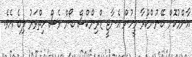
އާންމުކޮށް ބޭނުންކުރާ މީހުން އެނާޖީ ޑްރިންކްސް ބޯން ވެސް ހިތްވަރު ލިބެ އެވެ.